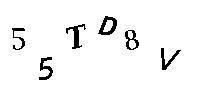
55TD8V